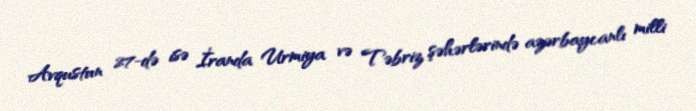
Avqustun 27-də isə İranda Urmiya və Təbriz şəhərlərində azərbaycanlı milli